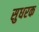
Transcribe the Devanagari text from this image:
सुधरक